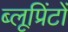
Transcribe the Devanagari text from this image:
ब्लूप्रिंटों